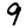
Digit: 9